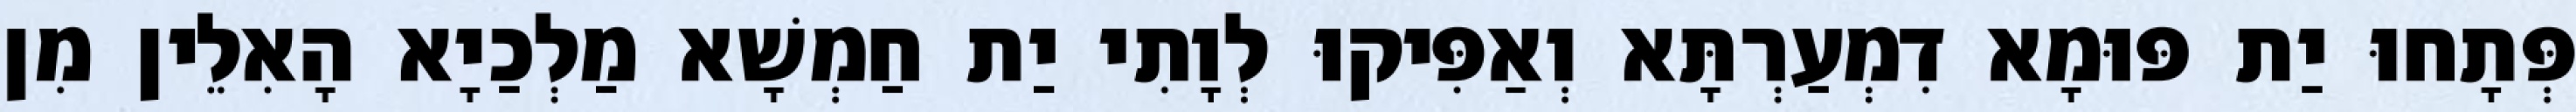
פְּתָחוּ יַת פּוּמָא דִמְעַרְתָּא וְאַפִּיקוּ לְוָתִי יַת חַמְשָׁא מַלְכַיָא הָאִלֵין מִן